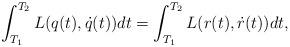
LaTeX: \begin{align*} \int^{T_2}_{T_1}{ L(q(t),\dot{q}(t)) dt} = \int^{T_2}_{T_1}{ L(r(t),\dot{r}(t)) dt},\end{align*}